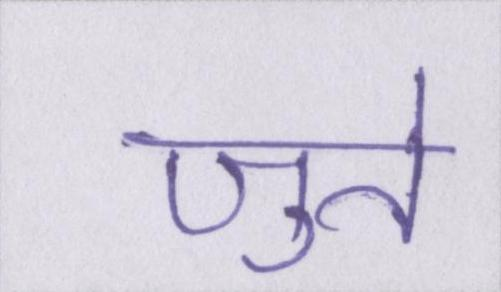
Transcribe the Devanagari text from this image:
जुते